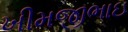
ખીમજીભાઇ